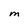
Character: M